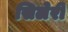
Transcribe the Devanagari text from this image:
सिलेरी